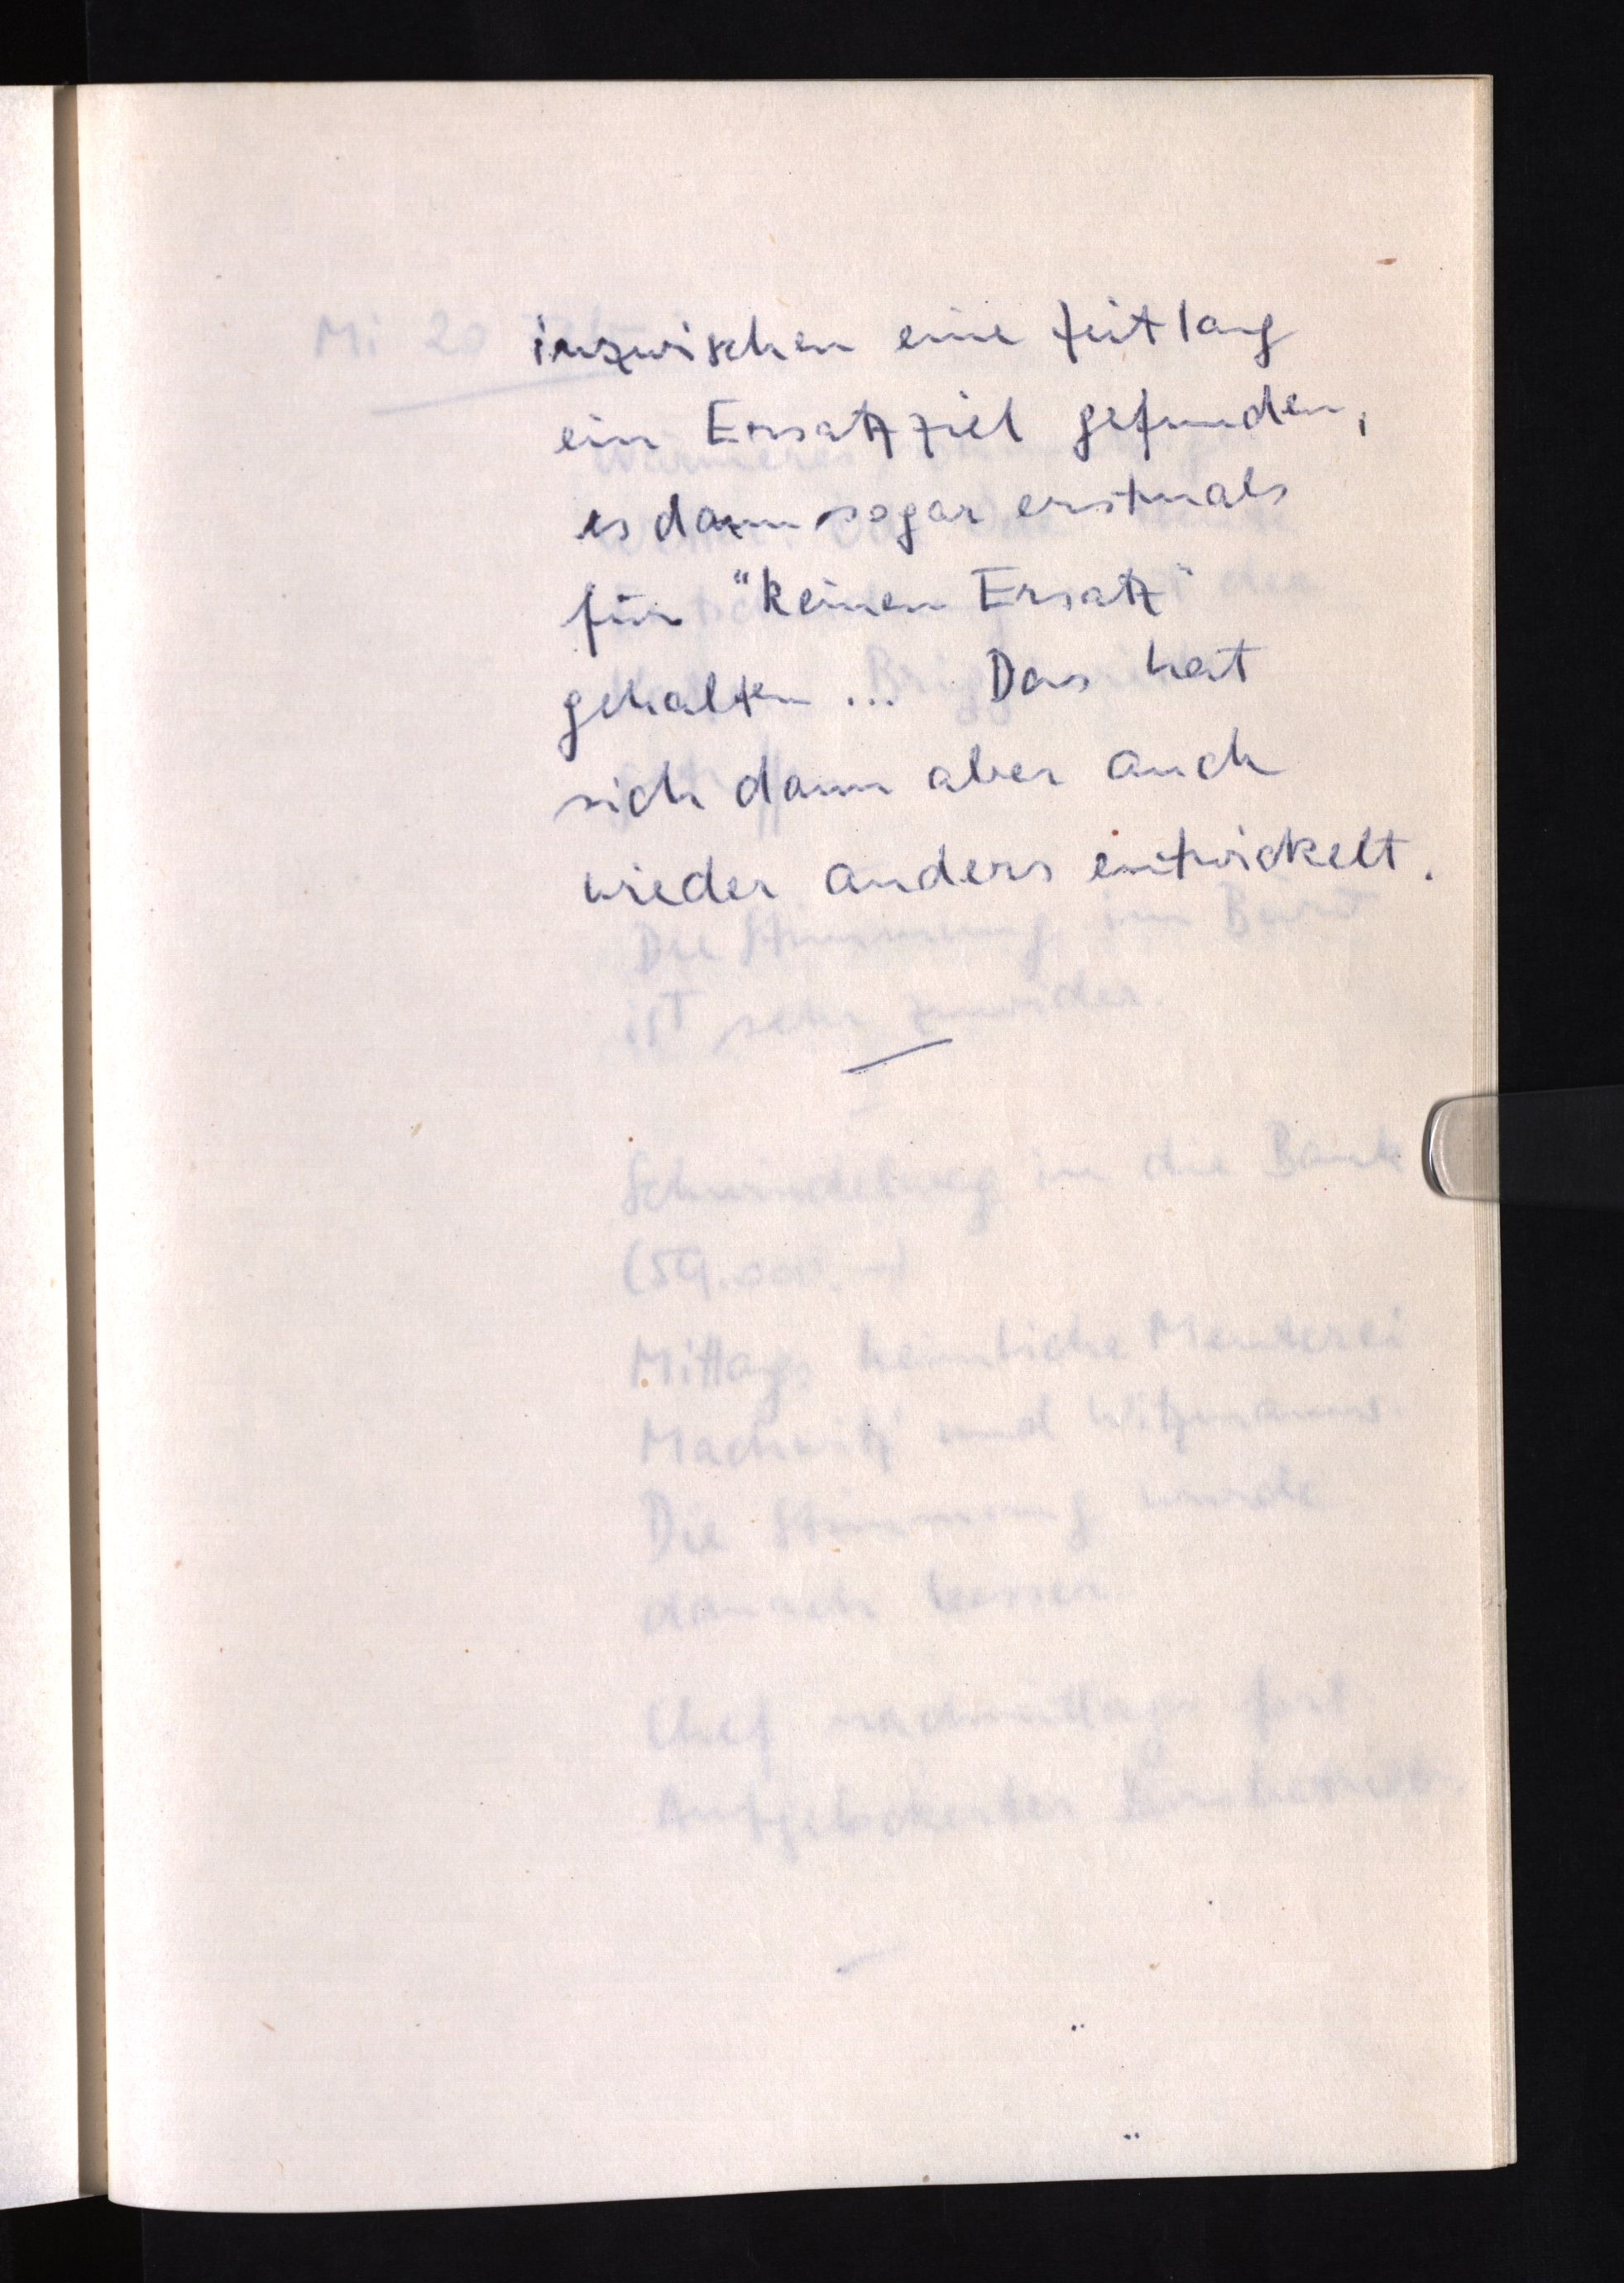
inzwischen eine Zeitlang
ein Ersatzziel gefunden,
es dann sogar erstmals
für "keinen Ersatz"
gehalten ... Das hat
sich dann aber auch
wieder anders entwickelt.